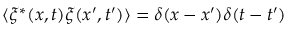
\langle \xi ^ { * } ( x , t ) \xi ( x ^ { \prime } , t ^ { \prime } ) \rangle = \delta ( x - x ^ { \prime } ) \delta ( t - t ^ { \prime } )